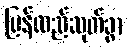
ပြန်လည်ဆုတ်ခွာ